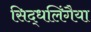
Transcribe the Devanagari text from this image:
सिद्धलिंगैया